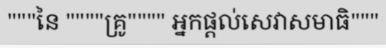
"""នៃ """"គ្រូ"""" អ្នកផ្តល់សេវាសមាធិ"""